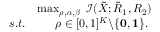
\begin{array} { r l } & { \operatorname* { m a x } _ { \boldsymbol { \rho } , \boldsymbol { \alpha } , \boldsymbol { \beta } } \, \, \mathcal { I } ( { { { \tilde { X } } } } ; { { { \tilde { R } } } _ { 1 } } , { { { R } } _ { 2 } } ) } \\ { s . t . } & { \begin{array} { r r l l } & { \boldsymbol { \rho } \in [ 0 , 1 ] ^ { K } \backslash \{ \mathbf { 0 } , \mathbf { 1 } \} . } \end{array} } \end{array}